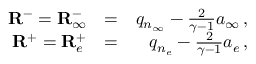
\begin{array} { r l r } { \mathbf { R } ^ { - } = { \mathbf { R } } _ { \infty } ^ { - } } & { = } & { q _ { n _ { \infty } } - \frac { 2 } { \gamma - 1 } a _ { \infty } \, \mathrm { , } } \\ { \mathbf { R } ^ { + } = { \mathbf { R } } _ { e } ^ { + } } & { = } & { q _ { n _ { e } } - \frac { 2 } { \gamma - 1 } a _ { e } \, \mathrm { , } } \end{array}